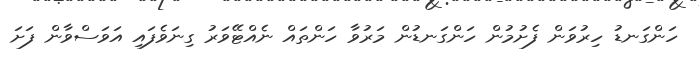
ހަންގަނޑު ހިރުވަން ފެށުމުން ހަންގަނޑުން މަރުވާ ހަންތައް ނެއްޓޭވަރު ގިނަވެފައި އަވަސްވާން ފަށަ